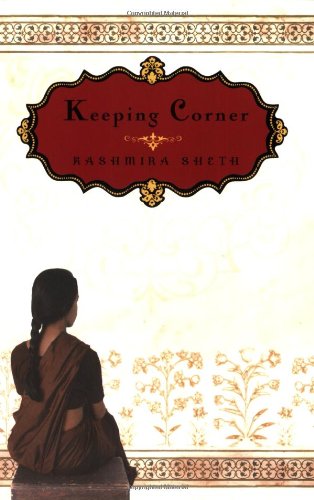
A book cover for Keeping Corner; Kashmira Sheth; Teen & Young Adult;